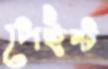
পেইন্ট